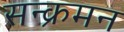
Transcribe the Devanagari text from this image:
सन्क्रमन